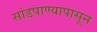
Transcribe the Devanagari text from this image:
सांडपाण्यापासून